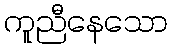
ကူညီနေသော